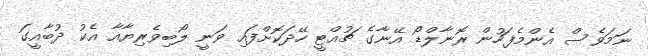
ނަމަވެސް އެންމެފަހުން ރޮނާލްޑޯ އޭނާގެ ޗުއްޓީ ހޭދަކޮށްފައި ވަނީ ލޯބިވެރިޔާއާ އެކު ދުބާއީގަ